Report of the Municipal Commissioner on the plague in Bombay for the year ending 31st May... - Volume 3
Disease focus: Plague
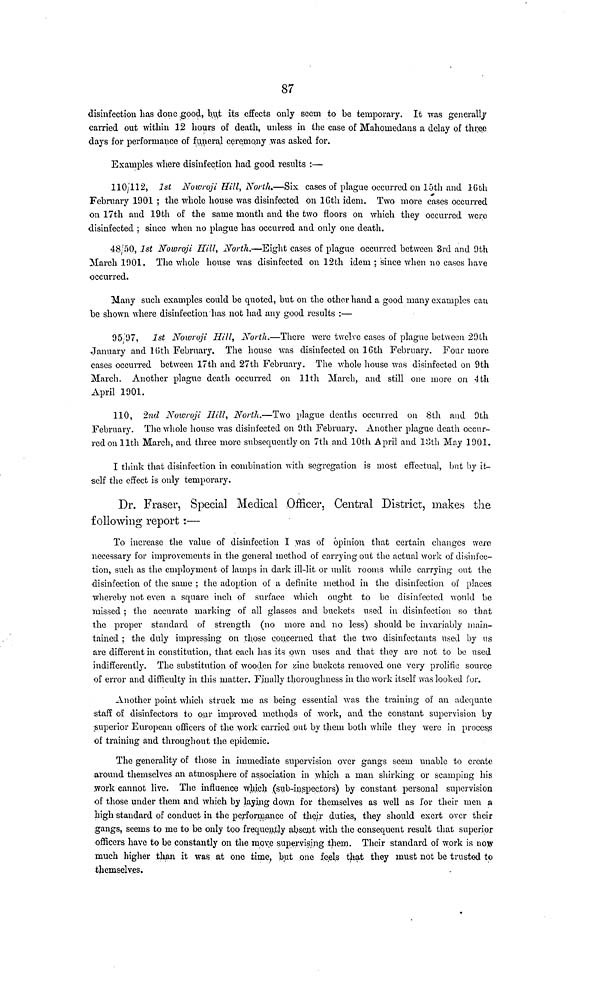
87
disinfection has done good, but its effects only seem to be temporary. It was generally
carried out within 12 hours of death, unless in the case of Mahoniedans a delay of three
days for performance of funeral ceremony was asked for.
Examples where disinfection had good results :—
110, 112, 1st Nowroji Hill, North.—Six cases of plague occurred on 15th and 16th
February 1901 ; the whole house was disinfected on 16th idem. Two more cases occurred
on 17th and 19th of the same month and the two floors on which they occurred were
disinfected ; since when no plague has occurred and only one death.
48/50, 1st Nowroji Hill, North.—Eight cases of plague occurred between 3rd and 9th
March 1901. The whole house was disinfected on 12th idem ; since when no cases have
occurred.
Many such examples could be quoted, but on the other hand a good many examples can
be shown where disinfection has not had any good results :—
95 97, 1st Nowroji Hill, North.—There were twelve cases of plague between 29th
January and 16th February. The house was disinfected on 16th February. Four more
cases occurred between 17th and 27th February. The whole house was disinfected on 9th
March. Another plague death occurred on 11th March, and still one more on 4th
April 1901.
110, 2nd Nowroji Hill, North.—Two plague deaths occurred on 8th and 9th
February. The whole house was disinfected on 9th February. Another plague death occur-
red on 11th March, and three more subsequently on 7th and 10th April and loth May 1901.
I think that disinfection in combination with segregation is most effectual, but by it-
self the effect is only temporary.
Dr. Fraser, Special Medical Officer, Central District, makes the
following report :—
To increase the value of disinfection 1 was of opinion that certain changes were
necessary for improvements in the general method of carrying out the actual work of disinfec-
tion, such as the employment of lamps in dark ill-lit or unlit rooms while carrying out the
disinfection of the same ; the adoption of a definite method in the disinfection of places
whereby not even a square inch of surface which ought to be disinfected would be
missed ; the accurate marking of all glasses and buckets used in disinfection so that
the proper standard of strength (no more and no less) should be invariably main-
tained ; the duly impressing on those concerned that the two disinfectants used by us
are different in constitution, that each has its own uses and that they are not to be used
indifferently. The substitution of wooden for zinc buckets removed one very prolific source
of error and difficulty in this matter. Finally thoroughness in the work itself was looked i or.
Another point which struck me as being essential was the training of an adequate
staff of disinfectors to our improved methods of work, and the constant supervision by
superior European officers of the work carried out by them both while they were in process
of training and throughout the epidemic.
The generality of those in immediate supervision over gangs seem unable to create
around themselves an atmosphere of association in which a man shirking or scamping his
work cannot live. The influence which (sub-inspectors) by constant personal supervision
of those under them and which by laying down for themselves as well as for their men a
high standard of conduct in the performance of their duties, they should exert over their
gangs, seems to me to be only too frequently absent with the consequent result that superior
officers have to be constantly on the move supervising them. Their standard of work is now
much higher than it was at one time, but one feels that they must not be trusted to
themselves.